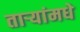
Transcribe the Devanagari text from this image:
ताऱ्यांमधे